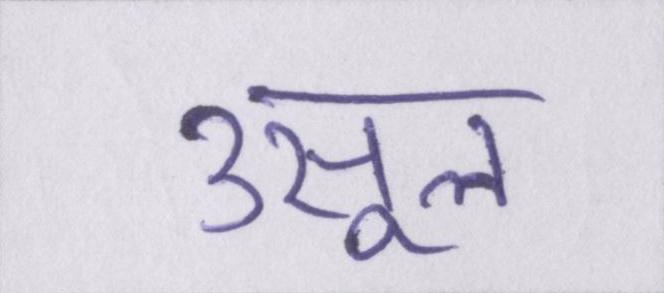
उसूल